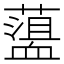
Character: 𧗎